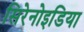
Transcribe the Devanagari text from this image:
सिरेनोइडिया